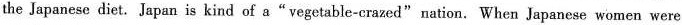
the Japanese diet. Japan is kind of a"vegetable-crazed"nation. When Japanese women were